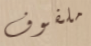
ملفوف